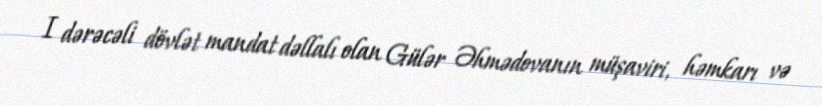
I dərəcəli dövlət mandat dəllalı olan Gülər Əhmədovanın müşaviri, həmkarı və